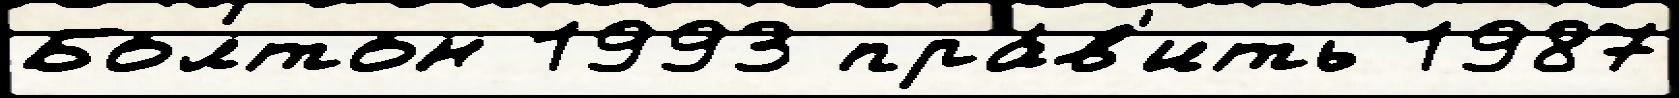
Болтон 1993 пра́в'ить 1987